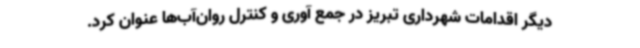
دیگر اقدامات شهرداری تبریز در جمع آوری و کنترل روان‌آب‌ها عنوان کرد.